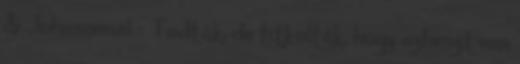
& Johnsonnál - Tudták, de titkolták, hogy azbeszt van